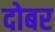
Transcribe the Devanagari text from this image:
दोबर